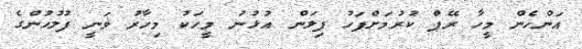
އަންހެން މީހާ ރޭޕް ކުރުމަށްފަހު ފިލަން އުޅުނު މީހަކު މިހާރު ވަނީ ފުލުހުންގެ